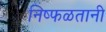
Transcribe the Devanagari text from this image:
निष्फळतानी